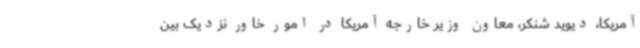
آمریکا، دیوید شنکر، معاون وزیر خارجه آمریکا در امور خاور نزدیک بین